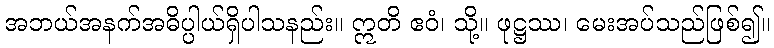
အဘယ်အနက်အဓိပ္ပါယ်ရှိပါသနည်း။ ဣတိ ဧဝံ၊ သို့။ ဖုဋ္ဌဿ၊ မေးအပ်သည်ဖြစ်၍။